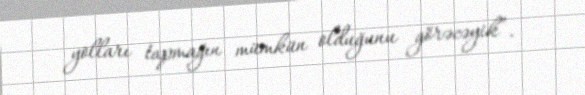
yolları tapmağın mümkün olduğunu görəcəyik”.